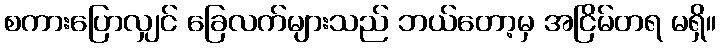
စကားပြောလျှင် ခြေလက်များသည် ဘယ်တော့မှ အငြိမ်တရ မရှိ။